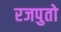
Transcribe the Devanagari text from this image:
रजपुतो